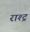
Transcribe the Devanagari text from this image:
राश्ट्र